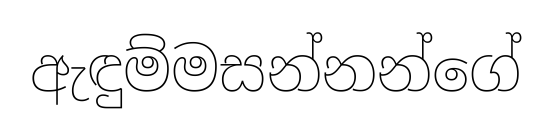
ඇඳුම්මසන්නන්ගේ